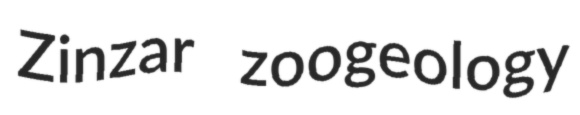
Zinzar zoogeology